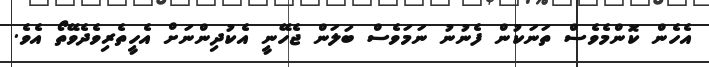
އެހެން ކޮންމެވެސް ތަނަކުން ފެނުނު ނަމަވެސް ބަލަން ޖެހޭނީ އެކުދިންނަށް އެހީތެރިވެދެވޭތޯ އެވެ.